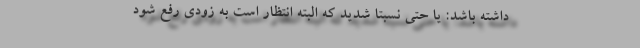
داشته باشد: یا حتی نسبتا شدید که البته انتظار است به زودی رفع شود